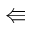
\Lleftarrow